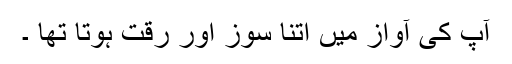
آپ کی آواز میں اتنا سوز اور رقت ہوتا تھا ۔